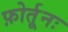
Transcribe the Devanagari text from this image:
फ़ोर्तूनः